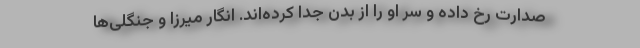
صدارت رخ داده و سر او را از بدن جدا کرده‌اند. انگار میرزا و جنگلی‌ها